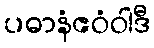
ပဓာနံဧဝံဝါဒီ